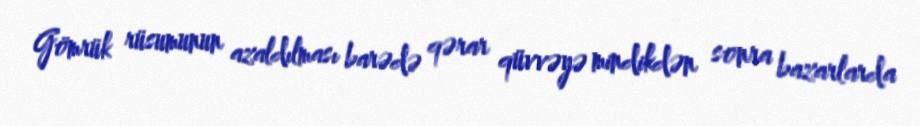
Gömrük rüsumunun azaldılması barədə qərar qüvvəyə mindikdən sonra bazarlarda